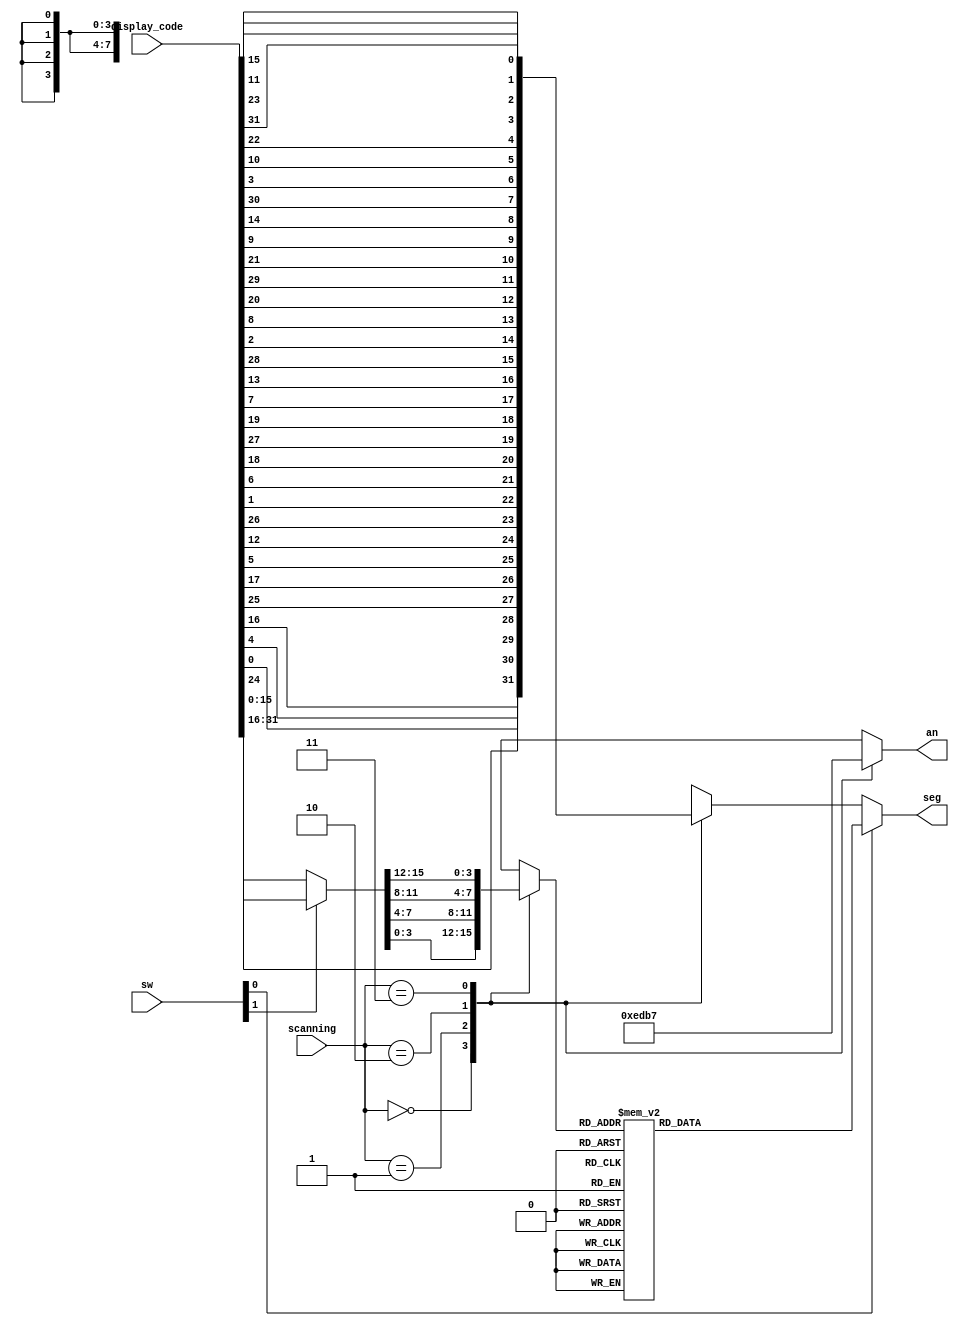
`timescale 1ns / 1ps
//////////////////////////////////////////////////////////////////////////////////
// Company: 
// Engineer: 
// 
// Design Name: 
// Module Name:    seven_seg_dev 
// Project Name: 
// Target Devices: 
// Tool versions: 
// Description: 
//
// Dependencies: 
//
// Revision: 
// Revision 0.01 - File Created
// Additional Comments: 
//
//////////////////////////////////////////////////////////////////////////////////
module seven_seg_dev(display_code, sw, scanning, seg, an);
input 	[31:0] 	display_code;
input 	[1:0]		sw;
input		[1:0]		scanning;
output	[7:0]		seg;
output	[3:0]		an;

reg	[3:0]		an;
reg	[3:0]		digit;
reg	[7:0]		digit_seg, image_seg;
wire	[15:0]	display;

assign seg = sw[0] ? digit_seg : image_seg;
assign display = sw[1] ? display_code[31:16] : display_code[15:0];

always @(*) begin
	case(scanning)
		0:	begin
			an = 4'b1110;
			digit = display[3:0];
			image_seg = {display_code[24], display_code[0], display_code[4], display_code[16],
							display_code[25], display_code[17], display_code[5], display_code[12]};
			end
		1:	begin
			an = 4'b1101;
			digit = display[7:4];
			image_seg = {display_code[26], display_code[1], display_code[6], display_code[18],
							display_code[27], display_code[19], display_code[7], display_code[13]};
			end
		2:	begin
			an = 4'b1011;
			digit = display[11:8];
			image_seg = {display_code[28], display_code[2], display_code[8], display_code[20],
							display_code[29], display_code[21], display_code[9], display_code[14]};
			end
		3:	begin
			an = 4'b0111;
			digit = display[15:12];
			image_seg = {display_code[30], display_code[3], display_code[10], display_code[22],
							display_code[31], display_code[23], display_code[11], display_code[15]};
			end
	endcase
	case(digit)
		4'b0000 : digit_seg <= 8'b11000000;		// 0
		4'b0001 : digit_seg <= 8'b11111001;		// 1
		4'b0010 : digit_seg <= 8'b10100100;		// 2
		4'b0011 : digit_seg <= 8'b10110000;		// 3
		4'b0100 : digit_seg <= 8'b10011001;		// 4
		4'b0101 : digit_seg <= 8'b10010010;		// 5
		4'b0110 : digit_seg <= 8'b10000010;		// 6
		4'b0111 : digit_seg <= 8'b11111000;		// 7
		4'b1000 : digit_seg <= 8'b10000000;		// 8
		4'b1001 : digit_seg <= 8'b10010000;		// 9
		4'b1010 : digit_seg <= 8'b10001000;		// A
		4'b1011 : digit_seg <= 8'b10000011;		// b
		4'b1100 : digit_seg <= 8'b11000110;		// C
		4'b1101 : digit_seg <= 8'b10100001;		// d
		4'b1110 : digit_seg <= 8'b10000110;		// E
		4'b1111 : digit_seg <= 8'b10001110;		// F
		default : digit_seg <= 8'b11111111;
	endcase
end

endmodule